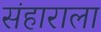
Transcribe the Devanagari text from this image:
संहाराला